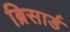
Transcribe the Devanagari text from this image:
ब्रिसार्ड